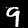
Label: 9